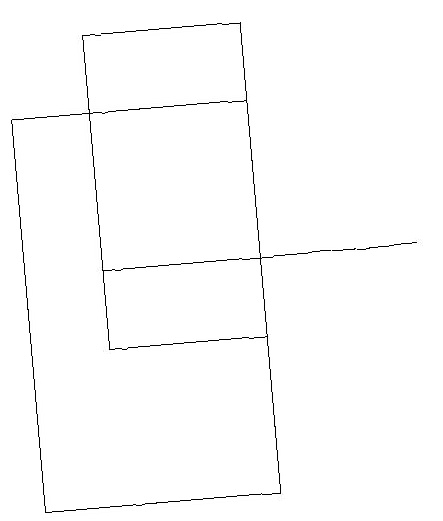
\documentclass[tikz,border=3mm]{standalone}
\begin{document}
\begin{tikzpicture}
\draw (3,13) rectangle (0,18);
\draw (0,17) rectangle (0,13);
\draw (5,16) rectangle (1,16);
\draw (1,15) rectangle (3,19);
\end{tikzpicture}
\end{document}